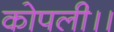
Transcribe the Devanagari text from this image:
कोपली।।